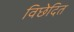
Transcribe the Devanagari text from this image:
विछेदित